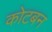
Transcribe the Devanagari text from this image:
कोटबन